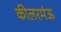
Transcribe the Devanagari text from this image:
कीलरमंऊ